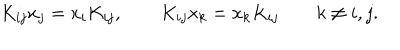
LaTeX: K _ { i j } x _ { j } = x _ { i } K _ { i j } , \qquad K _ { i j } x _ { k } = x _ { k } K _ { i j } \qquad k \ne i , j .